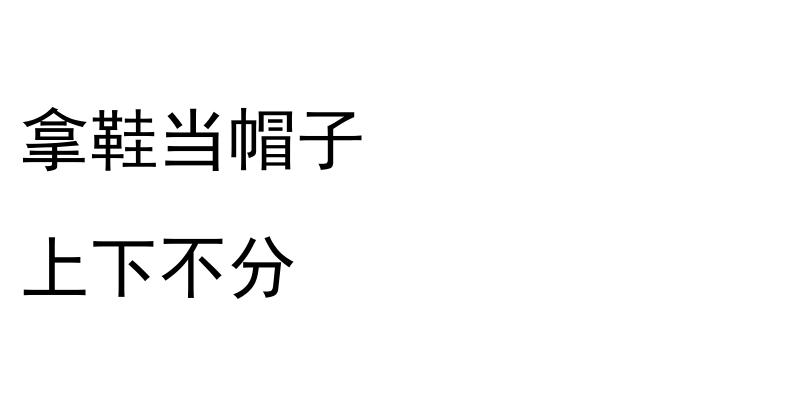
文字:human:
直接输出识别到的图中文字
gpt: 拿鞋当帽子 上下不分